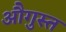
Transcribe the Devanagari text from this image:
औगुस्त